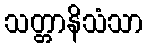
သတ္တာနိသံသာ